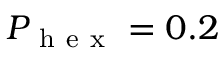
P _ { \mathrm { ~ h ~ e ~ x ~ } } = 0 . 2